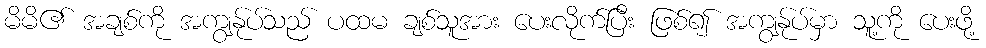
မိမိ၏ အချစ်ကို အကျွန်ုပ်သည် ပထမ ချစ်သူအား ပေးလိုက်ပြီး ဖြစ်၍ အကျွန်ုပ်မှာ သူ့ကို ပေးဖို့